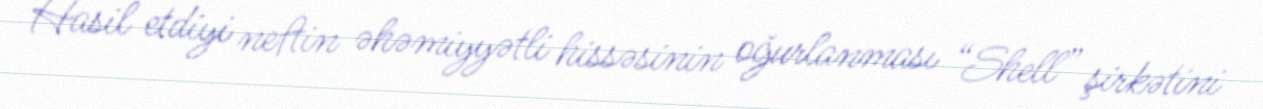
Hasil etdiyi neftin əhəmiyyətli hissəsinin oğurlanması “Shell” şirkətini